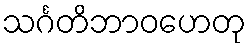
သင်္ဂတိဘာဝဟေတု